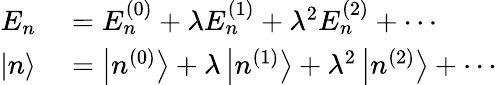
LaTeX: \begin{array}{rl}{E_{n}}&{{}=E_{n}^{(0)}+\lambda E_{n}^{(1)}+\lambda^{2}E_{n}^{(2)}+\cdots}\\ {|n\rangle}&{{}=\left|n^{(0)}\right\rangle+\lambda\left|n^{(1)}\right\rangle+\lambda^{2}\left|n^{(2)}\right\rangle+\cdots}\end{array}